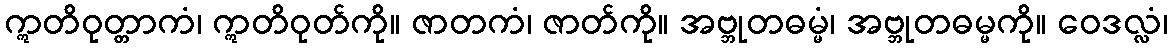
ဣတိဝုတ္တာကံ၊ ဣတိဝုတ်ကို။ ဇာတကံ၊ ဇာတ်ကို။ အဗ္ဘုတဓမ္မံ၊ အဗ္ဘုတဓမ္မကို။ ဝေဒလ္လံ၊